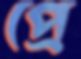
প্রে